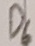
Text: D6